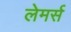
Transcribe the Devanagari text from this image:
लेमर्स